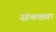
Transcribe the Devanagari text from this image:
संकष्ट्या